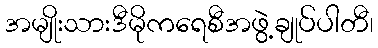
အမျိုးသားဒီမိုကရေစီအဖွဲ့ချုပ်ပါတီ၊